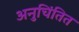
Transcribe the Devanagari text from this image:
अनुचिंतित